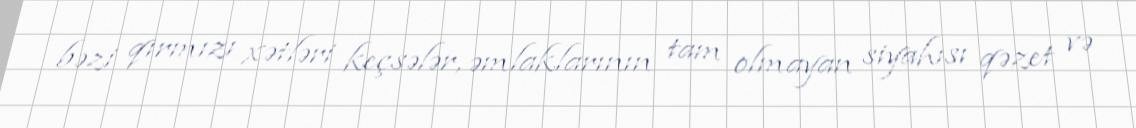
bəzi qırmızı xətləri keçsələr, əmlaklarının tam olmayan siyahısı qəzet və